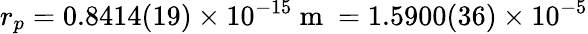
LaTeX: r_{p}=0.8414(19)\times 10^{-15}\mathrm{~m~}=1.5900(36)\times 10^{-5}